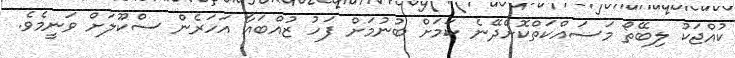
ކުއްޖަކު ލިބޭތޯ މަސައްކަތްކޮށްދޭނެ ކަމަށް ބުނުމަށް ފަހު ޒުއްބައާ އަހަރެން ސްކޫލަށް ވަނީމެވެ.